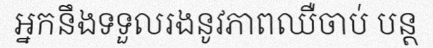
អ្នកនឹងទទួលរងនូវភាពឈឺចាប់ បន្ត